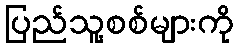
ပြည်သူ့စစ်များကို